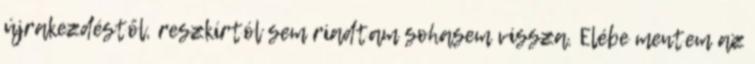
újrakezdéstől, reszkírtól sem riadtam sohasem vissza. Elébe mentem az